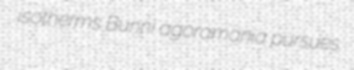
isotherms Bunni agoramania pursues